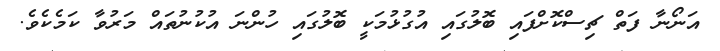
އަނޯނާ ފަތް ޗިސްކޮށްފައި ބޮލުގައި އުގުޅުމަކީ ބޮލުގައި ހުންނަ އުކުނުތައް މަރުވާ ކަމެކެވެ.